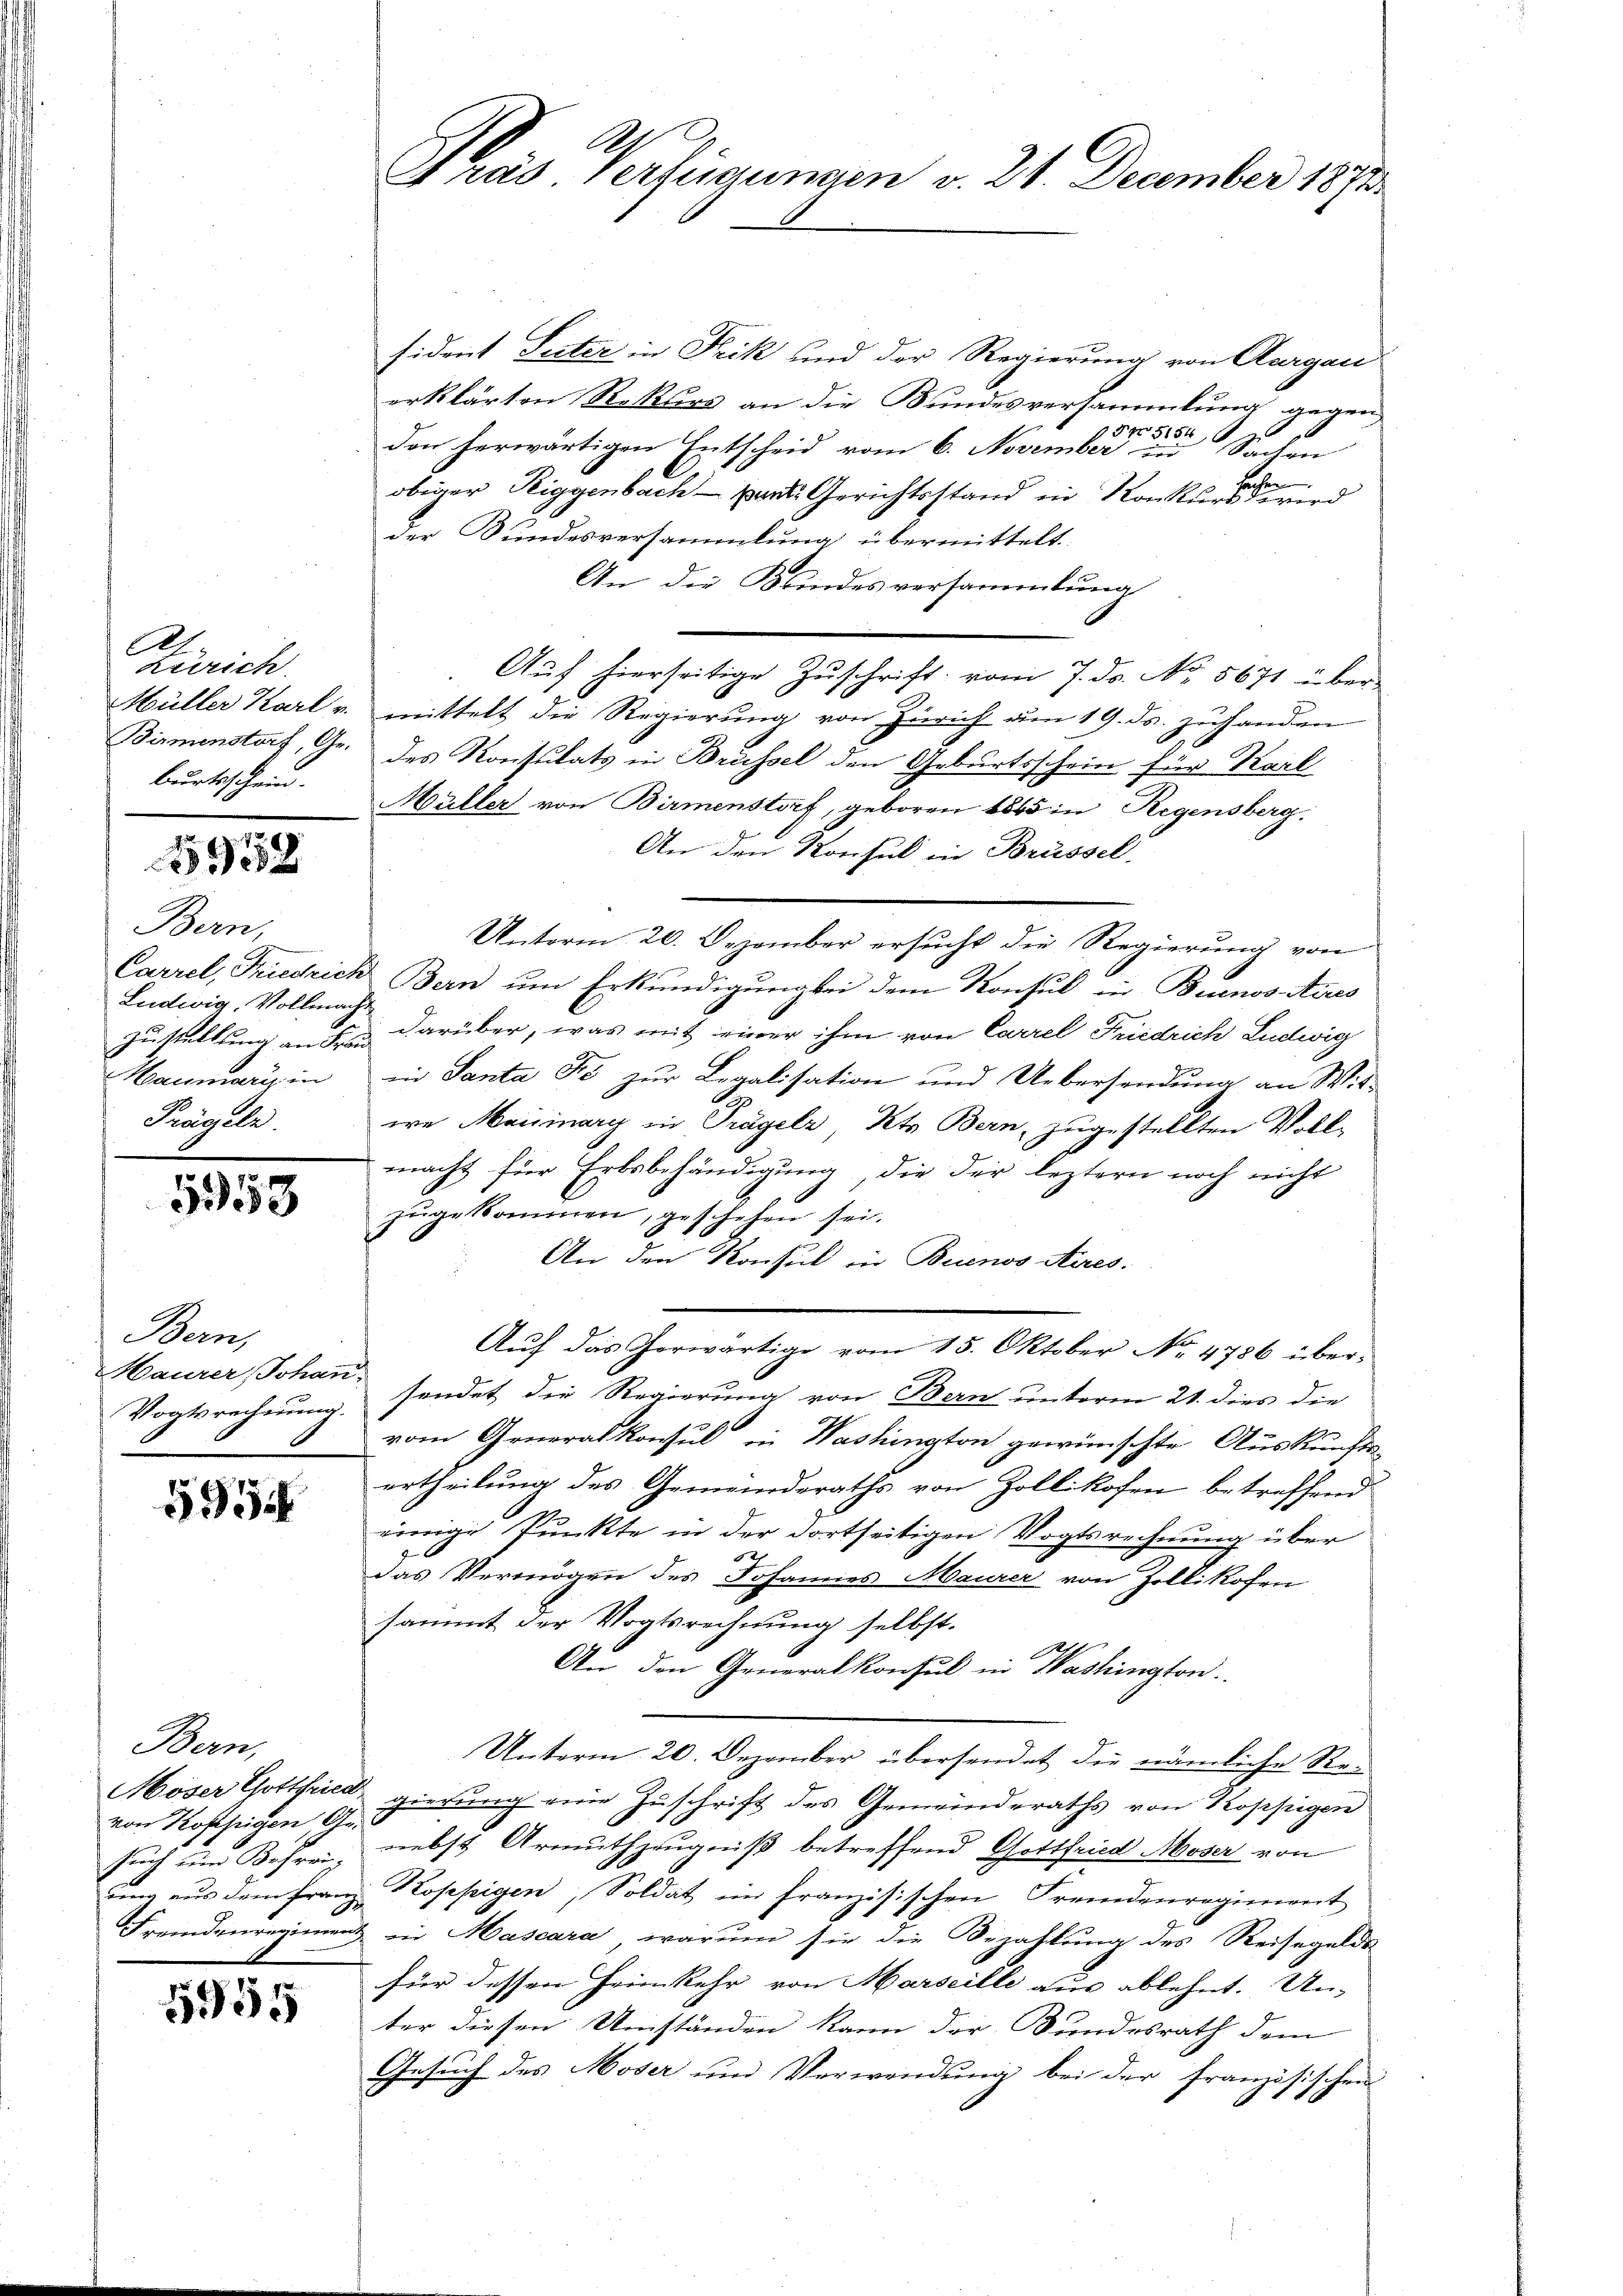
A
Zürich
burtsschein.

5938

Bern,
Ludwig, Vollmacht
¬
Zustellung an Fr.
Maumaris in
Frügeln.

558

Bern,
Vogtsrechnŭng.

5954

sidant Seiter in Frik und der Regierung von Aargau
erklärten Rekurs an die Bundesversammlung gegen,
den herwärtigen Entscheid vom 6. November die Sachen
u
obiger Teiggenbach – kant. Gerichtsstand in Konkurs wird
der Bundesversammlung übermittelt.
An die Kindesversammlung
Auf hierseitige Zuschrift vom 7. ds. No. 5671 über-
Müller Karl v. mittelt die Regierung von Zürich am 19. ds. zuhanden
Birmenstorf, Gr. des Konsulats in Brüssel den Geburtsschein für Karl
Müller von Birmenstorf, geboren 1865 in Regensberg.
An den Konsul in Brüssel
Unterm 20. Dezember ersucht die Regierung von
Carrel, Friedrich Bern um Erkundigung bei dem Konsul in Buenos Aires
 darüber, was mit einer ihm von Carrel Friedrich Ludwig
in Santa Fo zur Legalisation und Uebersendung an Wis-
we Marinary in Tragelz, Kts. Bern, zugestellten Voll-
macht für Erbsbehändigung, die der leztern noch nicht
zŭgekommen, geschehen sei.
An den Konsul in Buenos Aires.
Auf das Gerwärtige vom 15. Oktober No. 4786 über-
Maurer Johann sendet die Regierung von Bern unterm 21. dies die
vom Generalkonsul in Washington gewünschte Auskunfts-
ertheilung des Gemeinderaths von Zollikofen betreffend
einige Punkte in der dortseitigen Vogtsrechnung über
das Vermögen des Johannes Maurer von Zollikofen
sammt der Vogtsrechnung selbst.
An den Generalkonsul in Washington.
Unterm 20. Dezember übersendet die nämliche Re¬
Moser Gottfried gierung eine Zuschrift des Gemeinderaths von Koppigen
von Koppigen, nebst Armuthzeugniß betreffend Gottfried Moser von
ŭng aŭs dem Franz Koppigen, Soldat im französischen Fremdenregiment
Fremdenregiment in Mascara, warum sie die Bezahlung des Reisegelde
für dessen Heimkehr von Marseille aus ablehnt. Un-
ter diesen Umständen kann der Bundesrath dem
Gesuch des Moser und Verwendung bei der französischen

Bern,
sucht und Bohreng

5955

Pas Verfügungen v. 21. December 1890.